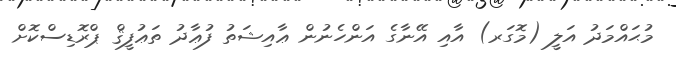
މުޙައްމަދު އަލީ (މޮގަރ) އާއި އޭނާގެ އަންހެނުން ޢާއިޝަތު ފުޢާދު ތަޢުފީޤް ޕްރޮޑިސްކޮށް